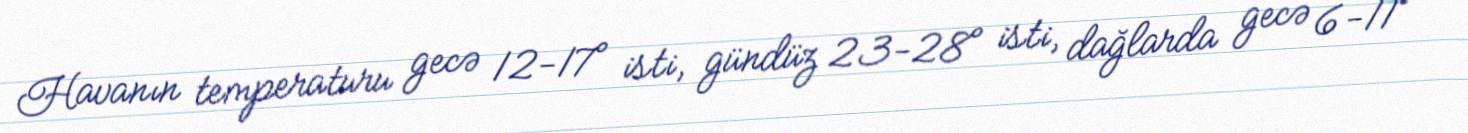
Havanın temperaturu gecə 12-17° isti, gündüz 23-28° isti, dağlarda gecə 6-11°